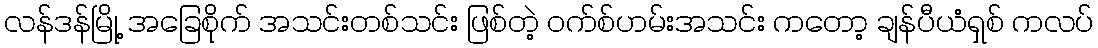
လန်ဒန်မြို့ အခြေစိုက် အသင်းတစ်သင်း ဖြစ်တဲ့ ဝက်စ်ဟမ်းအသင်း ကတော့ ချန်ပီယံရှစ် ကလပ်